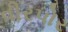
વીરપોર